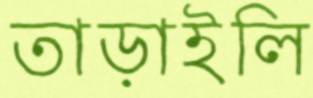
তাড়াইলি